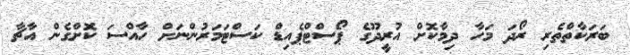
ބަރަކާތްތެރި ރޯދަ މަހާ ދިމާކޮށް އުރީދޫގެ ޕޯސްޓްޕެއިޑް ކަސްޓަމަރުންނަށް ހާއްސަ ކޮށްގެން އާޗާ